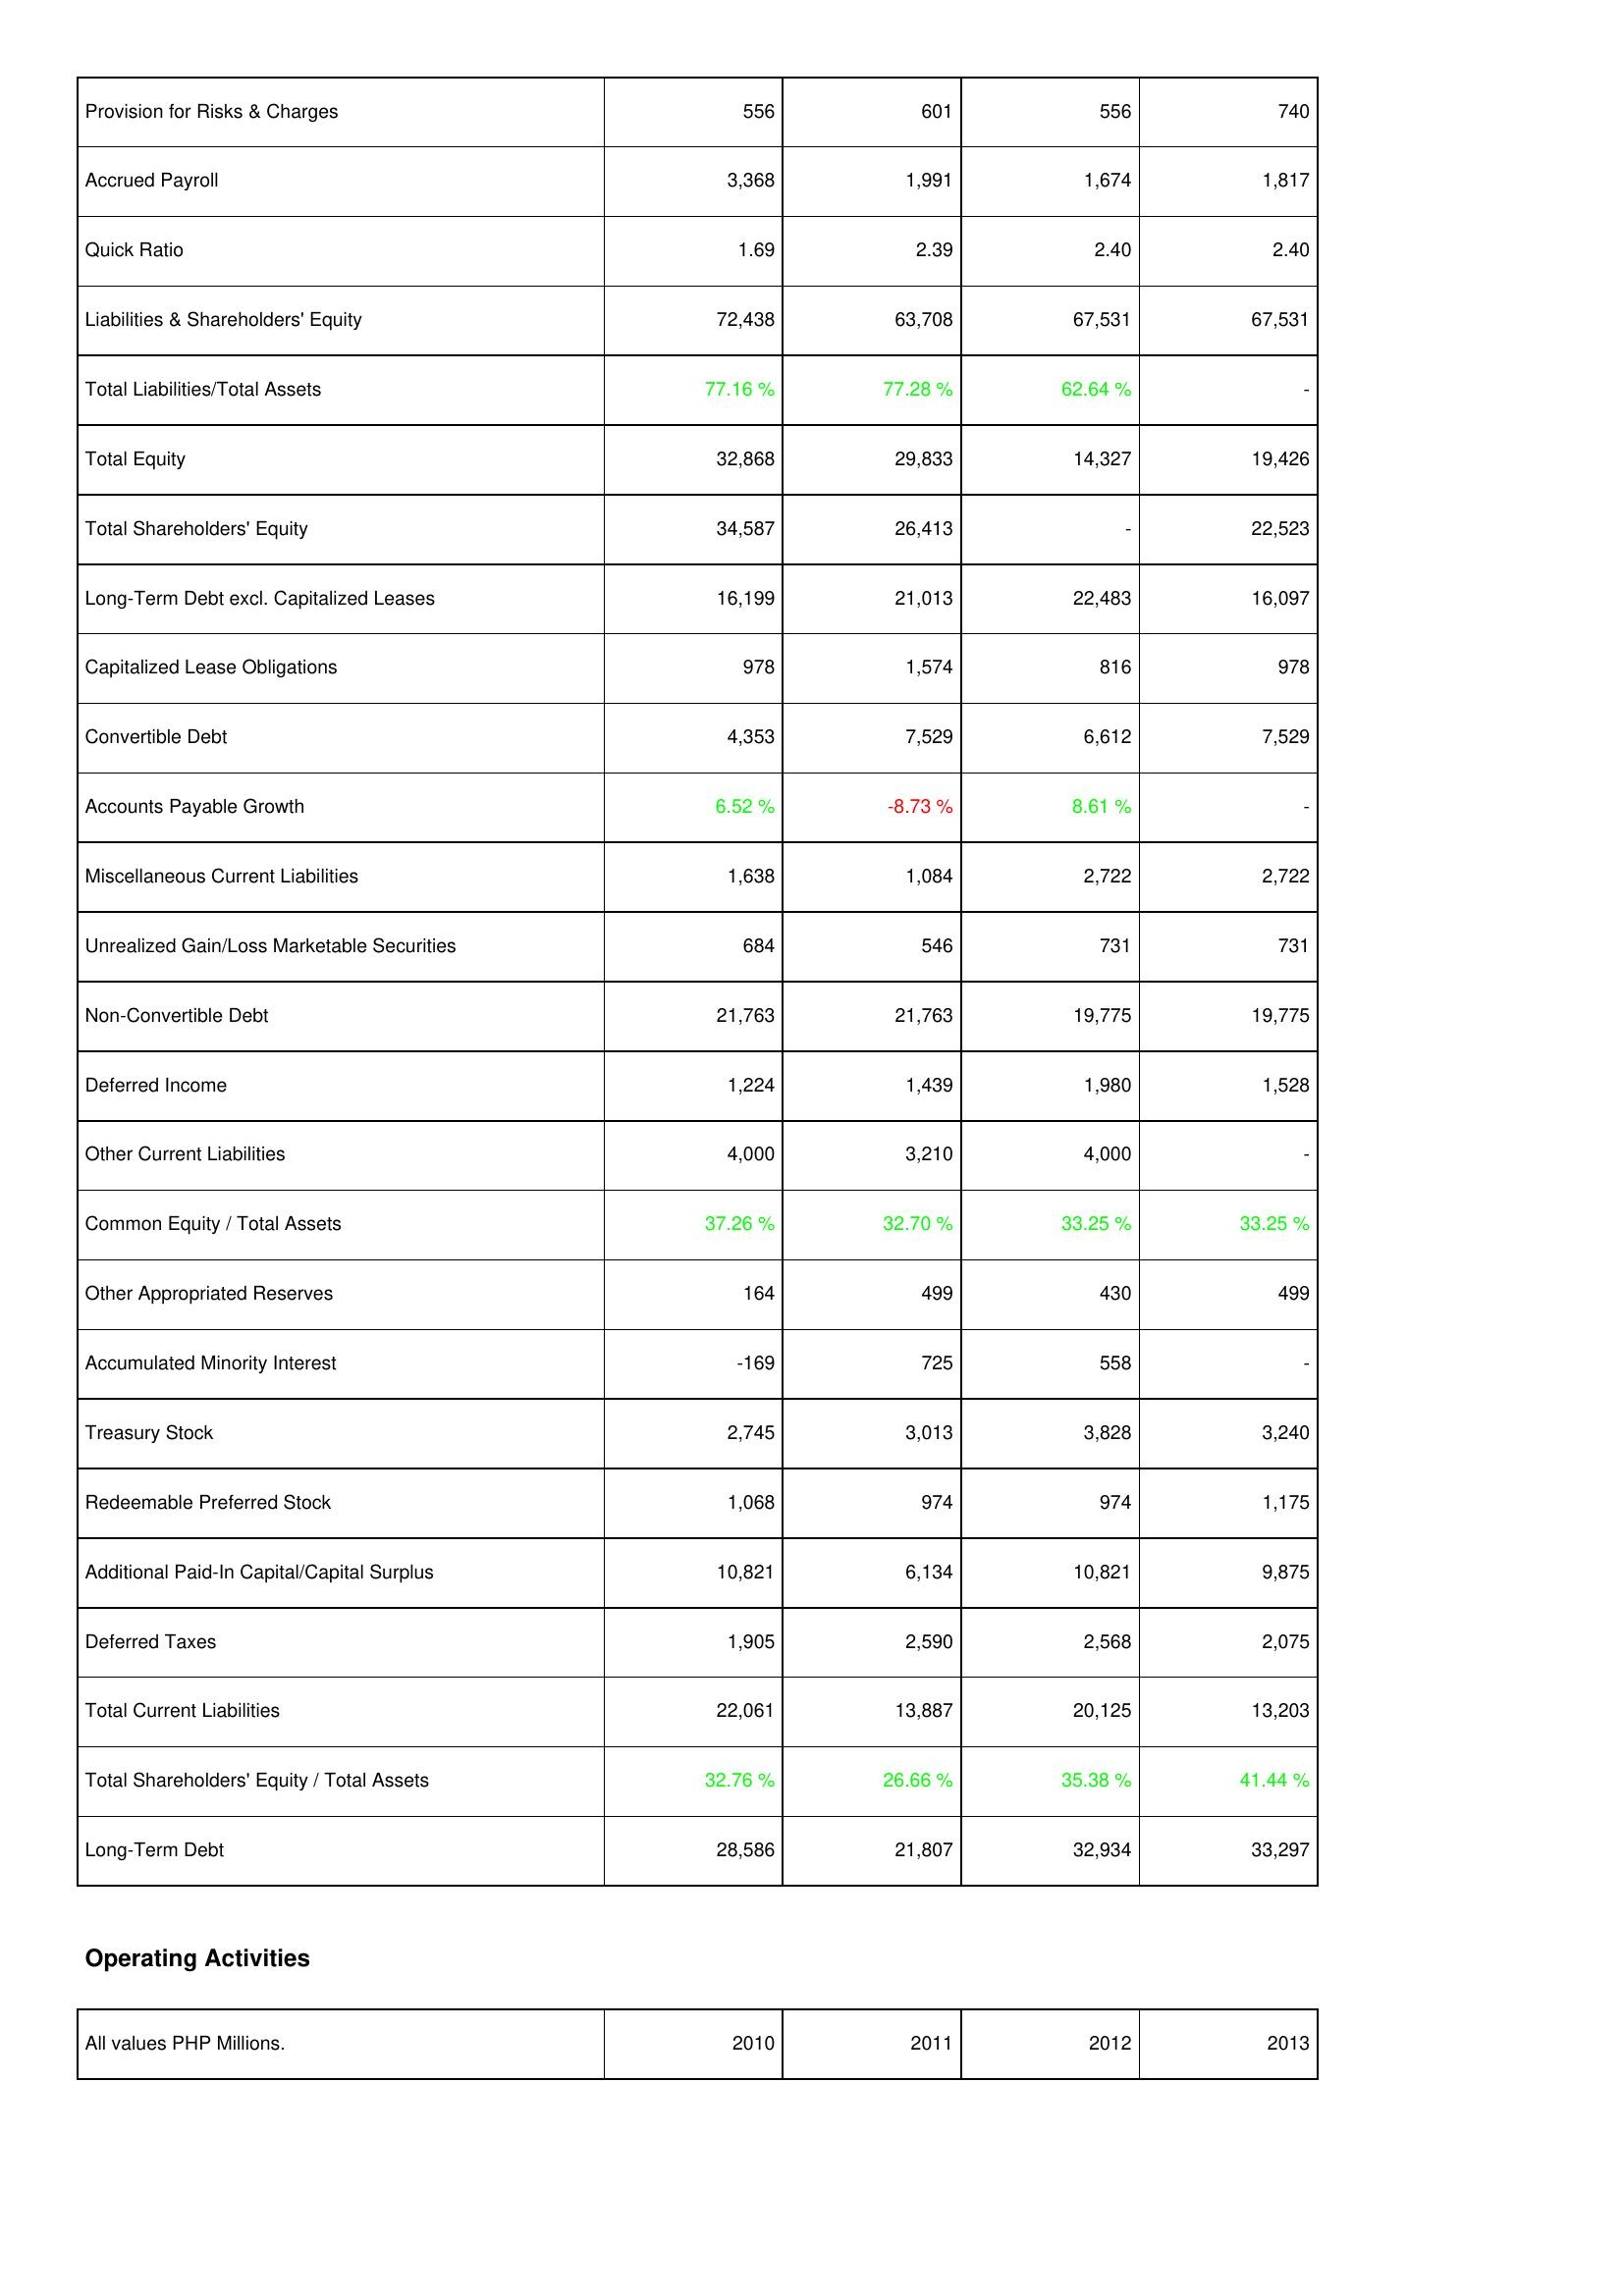
2010: Liabilities & Shareholders' Equity: Provision for Risks & Charges: 556
Accrued Payroll: 3,368
Quick Ratio: 1.69
Liabilities & Shareholders' Equity: 72,438
Total Liabilities/Total Assets: 77.16 %
Total Equity: 32,868
Total Shareholders' Equity: 34,587
Long-Term Debt excl. Capitalized Leases: 16,199
Capitalized Lease Obligations: 978
Convertible Debt: 4,353
Accounts Payable Growth: 6.52 %
Miscellaneous Current Liabilities: 1,638
Unrealized Gain/Loss Marketable Securities: 684
Non-Convertible Debt: 21,763
Deferred Income: 1,224
Other Current Liabilities: 4,000
Common Equity / Total Assets: 37.26 %
Other Appropriated Reserves: 164
Accumulated Minority Interest: -169
Treasury Stock: 2,745
Redeemable Preferred Stock: 1,068
Additional Paid-In Capital/Capital Surplus: 10,821
Deferred Taxes: 1,905
Total Current Liabilities: 22,061
Total Shareholders' Equity / Total Assets: 32.76 %
Long-Term Debt: 28,586
2011: Liabilities & Shareholders' Equity: Provision for Risks & Charges: 601
Accrued Payroll: 1,991
Quick Ratio: 2.39
Liabilities & Shareholders' Equity: 63,708
Total Liabilities/Total Assets: 77.28 %
Total Equity: 29,833
Total Shareholders' Equity: 26,413
Long-Term Debt excl. Capitalized Leases: 21,013
Capitalized Lease Obligations: 1,574
Convertible Debt: 7,529
Accounts Payable Growth: -8.73 %
Miscellaneous Current Liabilities: 1,084
Unrealized Gain/Loss Marketable Securities: 546
Non-Convertible Debt: 21,763
Deferred Income: 1,439
Other Current Liabilities: 3,210
Common Equity / Total Assets: 32.70 %
Other Appropriated Reserves: 499
Accumulated Minority Interest: 725
Treasury Stock: 3,013
Redeemable Preferred Stock: 974
Additional Paid-In Capital/Capital Surplus: 6,134
Deferred Taxes: 2,590
Total Current Liabilities: 13,887
Total Shareholders' Equity / Total Assets: 26.66 %
Long-Term Debt: 21,807
2012: Liabilities & Shareholders' Equity: Provision for Risks & Charges: 556
Accrued Payroll: 1,674
Quick Ratio: 2.40
Liabilities & Shareholders' Equity: 67,531
Total Liabilities/Total Assets: 62.64 %
Total Equity: 14,327
Total Shareholders' Equity: -
Long-Term Debt excl. Capitalized Leases: 22,483
Capitalized Lease Obligations: 816
Convertible Debt: 6,612
Accounts Payable Growth: 8.61 %
Miscellaneous Current Liabilities: 2,722
Unrealized Gain/Loss Marketable Securities: 731
Non-Convertible Debt: 19,775
Deferred Income: 1,980
Other Current Liabilities: 4,000
Common Equity / Total Assets: 33.25 %
Other Appropriated Reserves: 430
Accumulated Minority Interest: 558
Treasury Stock: 3,828
Redeemable Preferred Stock: 974
Additional Paid-In Capital/Capital Surplus: 10,821
Deferred Taxes: 2,568
Total Current Liabilities: 20,125
Total Shareholders' Equity / Total Assets: 35.38 %
Long-Term Debt: 32,934
2013: Liabilities & Shareholders' Equity: Provision for Risks & Charges: 740
Accrued Payroll: 1,817
Quick Ratio: 2.40
Liabilities & Shareholders' Equity: 67,531
Total Liabilities/Total Assets: -
Total Equity: 19,426
Total Shareholders' Equity: 22,523
Long-Term Debt excl. Capitalized Leases: 16,097
Capitalized Lease Obligations: 978
Convertible Debt: 7,529
Accounts Payable Growth: -
Miscellaneous Current Liabilities: 2,722
Unrealized Gain/Loss Marketable Securities: 731
Non-Convertible Debt: 19,775
Deferred Income: 1,528
Other Current Liabilities: -
Common Equity / Total Assets: 33.25 %
Other Appropriated Reserves: 499
Accumulated Minority Interest: -
Treasury Stock: 3,240
Redeemable Preferred Stock: 1,175
Additional Paid-In Capital/Capital Surplus: 9,875
Deferred Taxes: 2,075
Total Current Liabilities: 13,203
Total Shareholders' Equity / Total Assets: 41.44 %
Long-Term Debt: 33,297